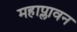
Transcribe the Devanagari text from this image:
महाप्लावन